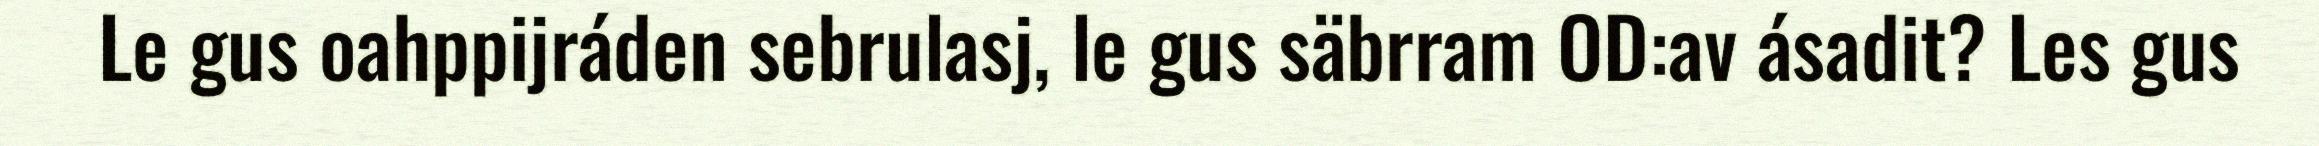
Le gus oahppijráden sebrulasj, le gus säbrram OD:av ásadit? Les gus